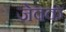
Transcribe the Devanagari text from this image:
जेवक